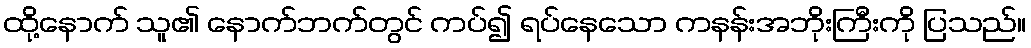
ထို့နောက် သူ၏ နောက်ဘက်တွင် ကပ်၍ ရပ်နေသော ကနန်းအဘိုးကြီးကို ပြသည်။